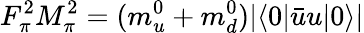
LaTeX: F_{\pi}^{2}M_{\pi}^{2}=(m_{u}^{0}+m_{d}^{0})|\langle 0|\bar{u}u|0\rangle|